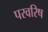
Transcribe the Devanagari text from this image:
परवरिष